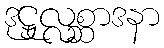
ဒုဋ္ဌုလ္လစ္ဆာဒနာ